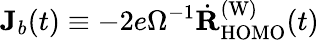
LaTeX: \mathbf{J}_{b}(t)\equiv-2e\Omega^{-1}\dot{\mathbf{R}}_{\mathrm{HOMO}}^{\mathrm{(W)}}(t)